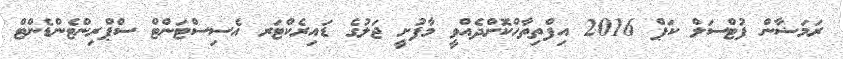
ރަމަޟާން ފުޓްސަލް ކަޕް 2016 އިފްތިތާހްކޮށްދެއްވީ މާފުށީ ޖަލުގެ ޑައިރެކްޓަރ އެސިސްޓަންޓް ސްޕްރިންޓެންޑެންޓް